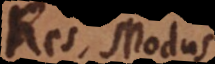
Res, Modus.